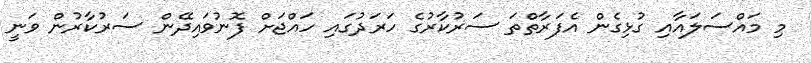
މި މައްސަލައާއި ގުޅިގެން އެފަރާތްތަ ސަރުކާރުގެ ހަރަދުގައި ހައްޖަށް ފޮނުވައިދޭން ސަރުކާރުން ވަނީ